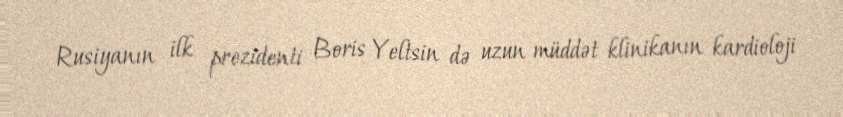
Rusiyanın ilk prezidenti Boris Yeltsin də uzun müddət klinikanın kardioloji